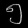
Digit: ၅